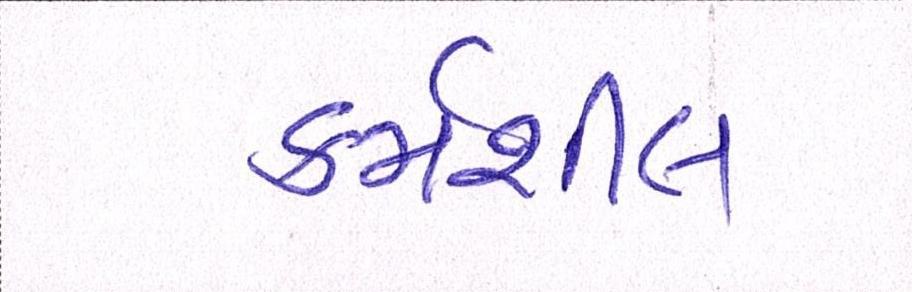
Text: કર્મશીલ